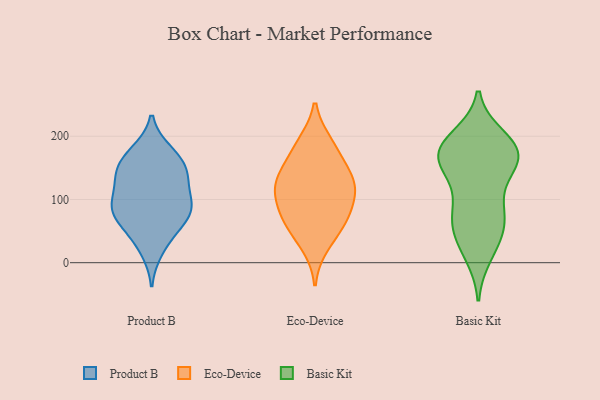
{"axis": {"x": "Waste Production (Tons)", "y": "Value"}, "legend": ["Basic Kit", "Eco-Device", "Product B"], "data": [{"x": "", "y": 86, "type": "Product B"}, {"x": "", "y": 136, "type": "Product B"}, {"x": "", "y": 91, "type": "Product B"}, {"x": "", "y": 133, "type": "Product B"}, {"x": "", "y": 71, "type": "Product B"}, {"x": "", "y": 87, "type": "Product B"}, {"x": "", "y": 176, "type": "Product B"}, {"x": "", "y": 85, "type": "Product B"}, {"x": "", "y": 101, "type": "Product B"}, {"x": "", "y": 172, "type": "Product B"}, {"x": "", "y": 19, "type": "Product B"}, {"x": "", "y": 140, "type": "Product B"}, {"x": "", "y": 141, "type": "Product B"}, {"x": "", "y": 162, "type": "Product B"}, {"x": "", "y": 60, "type": "Product B"}, {"x": "", "y": 43, "type": "Product B"}, {"x": "", "y": 77, "type": "Eco-Device"}, {"x": "", "y": 155, "type": "Eco-Device"}, {"x": "", "y": 101, "type": "Eco-Device"}, {"x": "", "y": 69, "type": "Eco-Device"}, {"x": "", "y": 151, "type": "Eco-Device"}, {"x": "", "y": 190, "type": "Eco-Device"}, {"x": "", "y": 51, "type": "Eco-Device"}, {"x": "", "y": 71, "type": "Eco-Device"}, {"x": "", "y": 123, "type": "Eco-Device"}, {"x": "", "y": 123, "type": "Eco-Device"}, {"x": "", "y": 188, "type": "Eco-Device"}, {"x": "", "y": 26, "type": "Eco-Device"}, {"x": "", "y": 124, "type": "Eco-Device"}, {"x": "", "y": 115, "type": "Eco-Device"}, {"x": "", "y": 166, "type": "Basic Kit"}, {"x": "", "y": 13, "type": "Basic Kit"}, {"x": "", "y": 157, "type": "Basic Kit"}, {"x": "", "y": 83, "type": "Basic Kit"}, {"x": "", "y": 191, "type": "Basic Kit"}, {"x": "", "y": 83, "type": "Basic Kit"}, {"x": "", "y": 167, "type": "Basic Kit"}, {"x": "", "y": 51, "type": "Basic Kit"}, {"x": "", "y": 139, "type": "Basic Kit"}, {"x": "", "y": 198, "type": "Basic Kit"}, {"x": "", "y": 170, "type": "Basic Kit"}, {"x": "", "y": 182, "type": "Basic Kit"}, {"x": "", "y": 66, "type": "Basic Kit"}, {"x": "", "y": 48, "type": "Basic Kit"}, {"x": "", "y": 171, "type": "Basic Kit"}, {"x": "", "y": 149, "type": "Basic Kit"}, {"x": "", "y": 23, "type": "Basic Kit"}, {"x": "", "y": 87, "type": "Basic Kit"}, {"x": "", "y": 186, "type": "Basic Kit"}]}